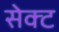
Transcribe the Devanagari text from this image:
सेक्‍ट